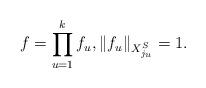
LaTeX: \begin{align*}f=\prod_{u=1}^k f_u, \|f_u\|_{X_{j_u}^S}=1.\end{align*}